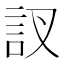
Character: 訍